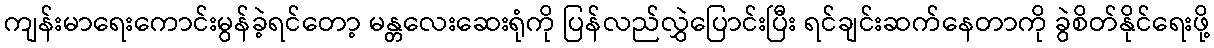
ကျန်းမာရေးကောင်းမွန်ခဲ့ရင်တော့ မန္တလေးဆေးရုံကို ပြန်လည်လွှဲပြောင်းပြီး ရင်ချင်းဆက်နေတာကို ခွဲစိတ်နိုင်ရေးဖို့